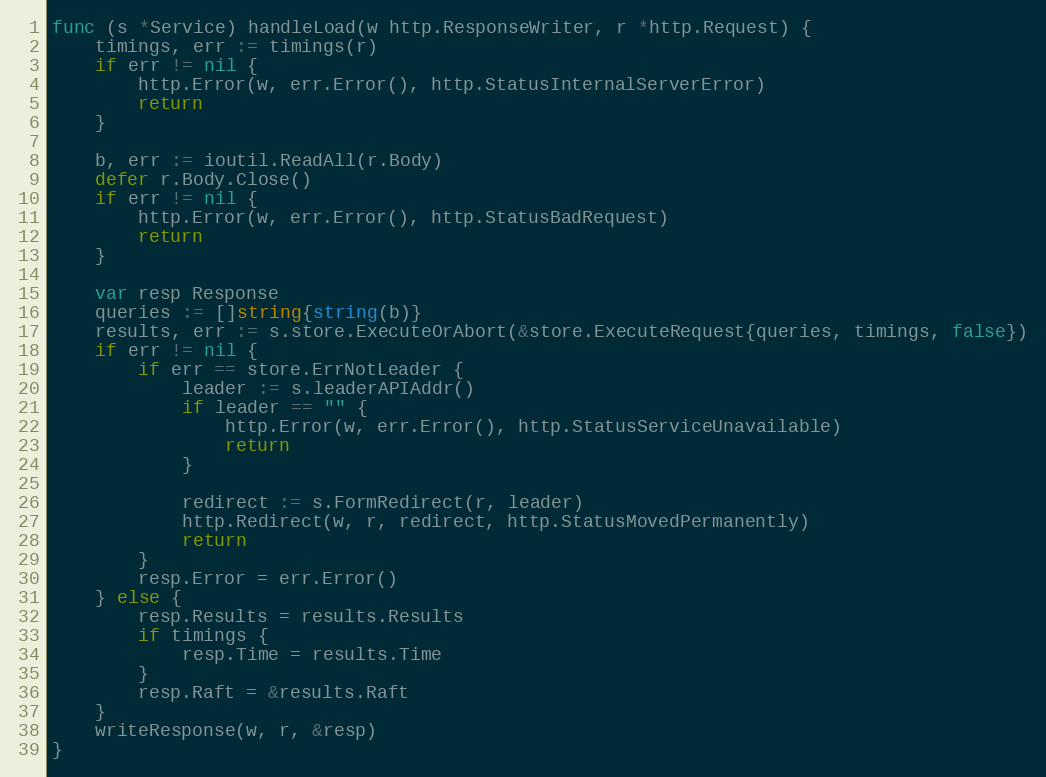
Language: Go
func (s *Service) handleLoad(w http.ResponseWriter, r *http.Request) {
	timings, err := timings(r)
	if err != nil {
		http.Error(w, err.Error(), http.StatusInternalServerError)
		return
	}

	b, err := ioutil.ReadAll(r.Body)
	defer r.Body.Close()
	if err != nil {
		http.Error(w, err.Error(), http.StatusBadRequest)
		return
	}

	var resp Response
	queries := []string{string(b)}
	results, err := s.store.ExecuteOrAbort(&store.ExecuteRequest{queries, timings, false})
	if err != nil {
		if err == store.ErrNotLeader {
			leader := s.leaderAPIAddr()
			if leader == "" {
				http.Error(w, err.Error(), http.StatusServiceUnavailable)
				return
			}

			redirect := s.FormRedirect(r, leader)
			http.Redirect(w, r, redirect, http.StatusMovedPermanently)
			return
		}
		resp.Error = err.Error()
	} else {
		resp.Results = results.Results
		if timings {
			resp.Time = results.Time
		}
		resp.Raft = &results.Raft
	}
	writeResponse(w, r, &resp)
}